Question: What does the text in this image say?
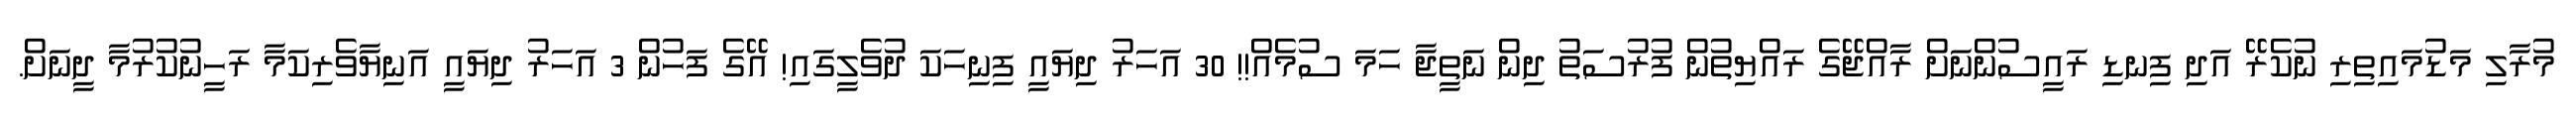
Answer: މުރާލި މަޑުމައިތިރި ނުކެރޭ އަދި ފިނޑި ރައީސުންނަށް ރާއްޖޭގެ ރައްޔިތުން ފުރުސަތު ދިން ނަތީޖާ ހަމަ ސުމެއް!! 30 އަހަރު ދިޔައީ ފިނިހަކަ ދުވެލީގައި! އޭގެ ފަހުން 3 އަހަރު ދިޔައީ އަނިޔާވެރިކަމާ ރަހީނުކުރުމާ ދީނަށް.